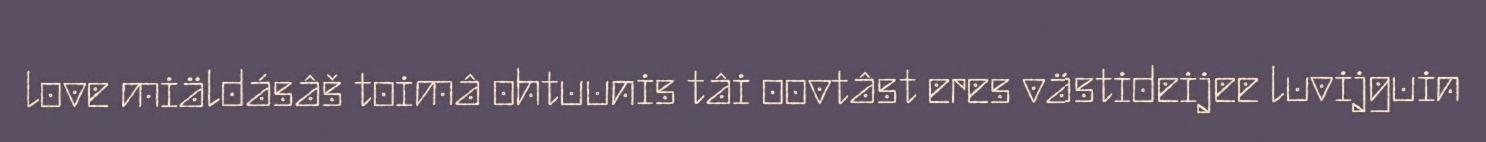
love miäldásâš toimâ ohtuunis tâi oovtâst eres västideijee luvijguin